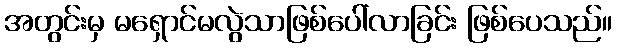
အတွင်းမှ မရှောင်မလွဲသာဖြစ်ပေါ်လာခြင်း ဖြစ်ပေသည်။